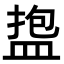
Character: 𪾑